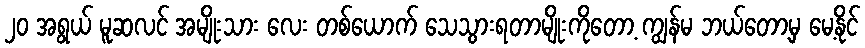
၂၀ အရွယ် မူဆလင် အမျိုးသား လေး တစ်ယောက် သေသွားရတာမျိုးကိုတော့ ကျွန်မ ဘယ်တော့မှ မေ့နိုင်